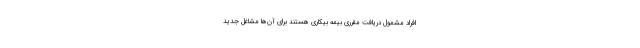
افراد مشمول دریافت مقرری بیمه بیکاری هستند برای آن‌ها مشاغل جدید